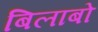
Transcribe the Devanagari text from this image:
बिलाबो